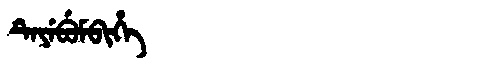
Manchu: ᡨᡝᠶᡝᠪᡠᠮᠪᡳᡥᡝ
Romanization: TEYEBUMBIHE